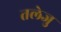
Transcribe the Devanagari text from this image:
तलेजु